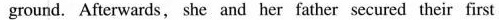
ground. Afterwards, she and her father secured their first